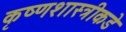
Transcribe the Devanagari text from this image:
कृष्णशास्त्रीकडे